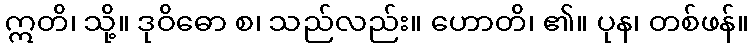
ဣတိ၊ သို့။ ဒုဝိဓော စ၊ သည်လည်း။ ဟောတိ၊ ၏။ ပုန၊ တစ်ဖန်။